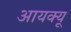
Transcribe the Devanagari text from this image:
आयक्यू